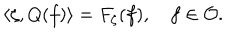
LaTeX: \langle \zeta , Q ( f ) \rangle = F _ { \zeta } ( f ) , \quad f \in { \cal O } .